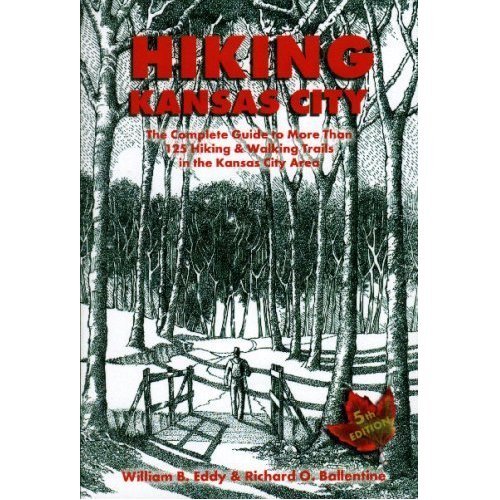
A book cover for Hiking Kansas City; William B. Eddy; Travel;